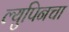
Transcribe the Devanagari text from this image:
ल्युपिनचा